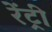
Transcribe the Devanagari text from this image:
रेंट्री